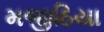
મજીઠિયા